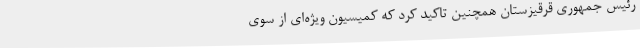
رئیس جمهوری قرقیزستان همچنین تاکید کرد که کمیسیون ویژه‌ای از سوی